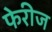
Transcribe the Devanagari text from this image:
फेरीज